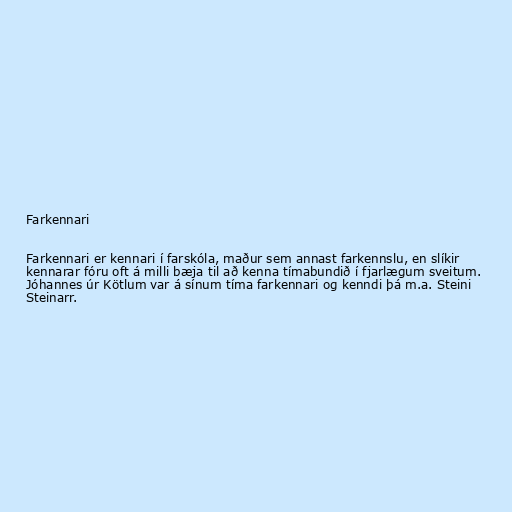
Farkennari

Farkennari er kennari í farskóla, maður sem annast farkennslu, en slíkir
kennarar fóru oft á milli bæja til að kenna tímabundið í fjarlægum sveitum.
Jóhannes úr Kötlum var á sínum tíma farkennari og kenndi þá m.a. Steini
Steinarr.